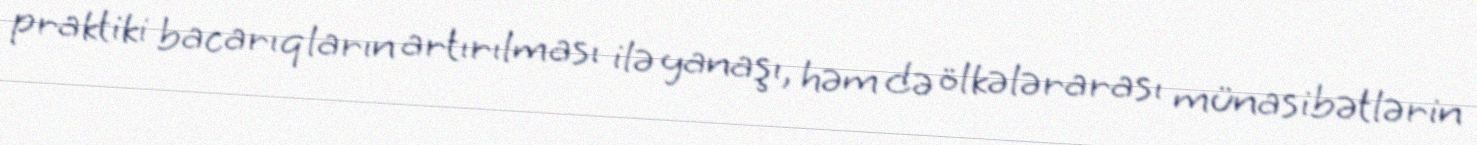
praktiki bacarıqların artırılması ilə yanaşı, həm də ölkələrarası münasibətlərin